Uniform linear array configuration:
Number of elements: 16
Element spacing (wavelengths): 0.75
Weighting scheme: cosine
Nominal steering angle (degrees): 30
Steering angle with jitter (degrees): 28.537
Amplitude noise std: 0.05
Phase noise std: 0.05

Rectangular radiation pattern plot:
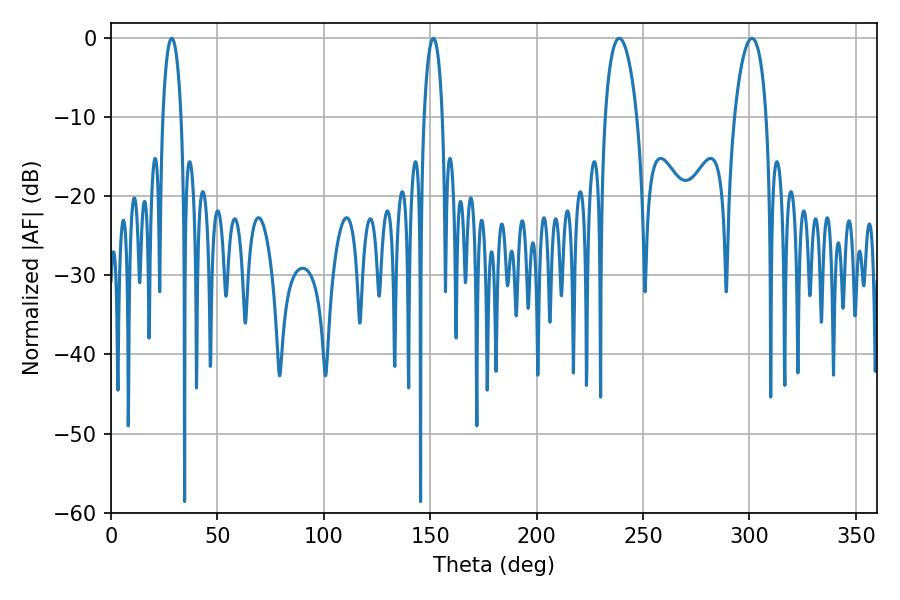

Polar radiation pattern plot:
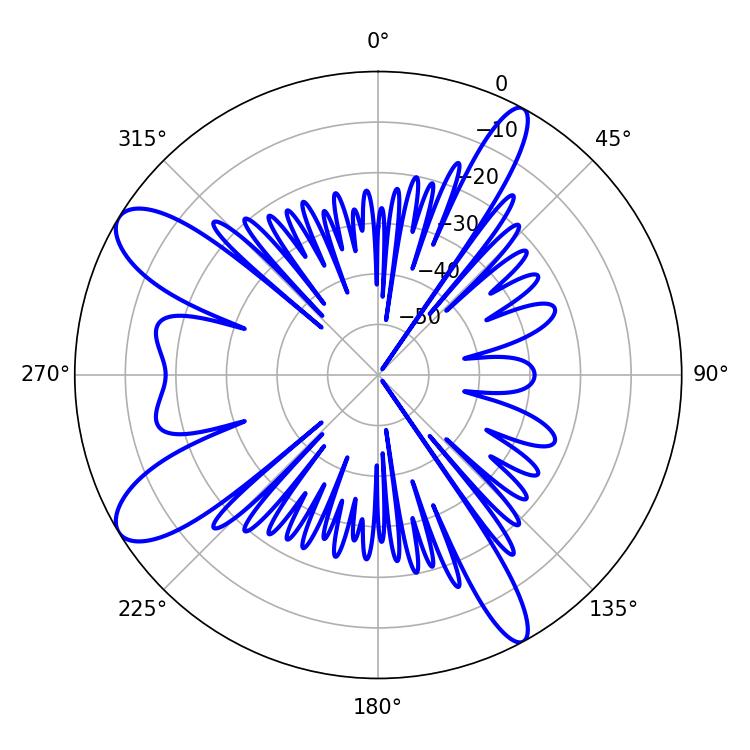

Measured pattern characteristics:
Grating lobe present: TRUE
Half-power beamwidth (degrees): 8.46
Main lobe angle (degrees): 238.86